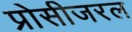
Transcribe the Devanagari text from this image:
प्रोसीजरल